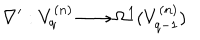
\nabla ^ { \prime } : V _ { q } ^ { ( n ) } \longrightarrow \Omega ^ { 1 } ( V _ { q - 1 } ^ { ( n ) } )